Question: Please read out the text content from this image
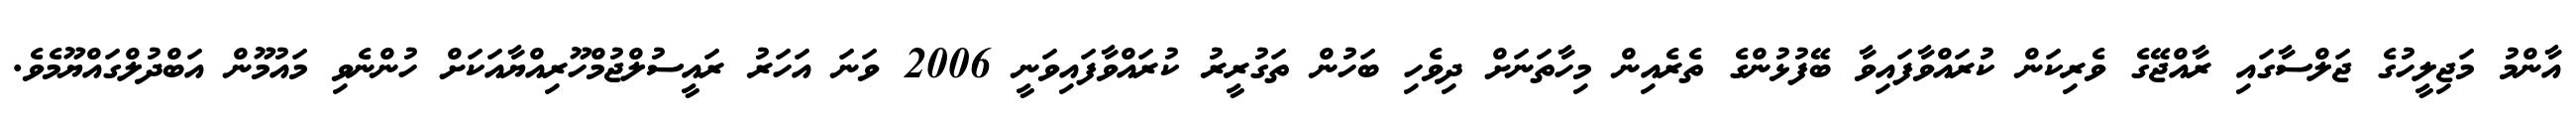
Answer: އާންމު މަޖިލީހުގެ ޖަލްސާގައި ރާއްޖޭގެ ވެރިކަން ކުރައްވާފައިވާ ބޭފުޅުންގެ ތެރެއިން މިހާތަނަށް ދިވެހި ބަހުން ތަގުރީރު ކުރައްވާފައިވަނީ 2006 ވަނަ އަހަރު ރައީސުލްޖުމްހޫރިއްޔާއަކަށް ހުންނެވި މައުމޫން އަބްދުލްގައްޔޫމެވެ.